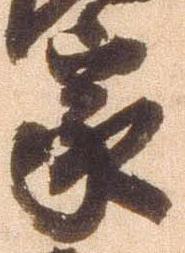
家